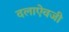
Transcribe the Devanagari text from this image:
दलाऐवजी